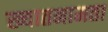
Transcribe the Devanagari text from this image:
ख्यातनामता